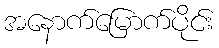
အနောက်မြောက်ပိုင်း